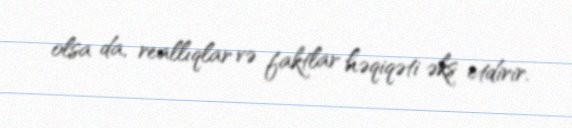
olsa da, reallıqlar və faktlar həqiqəti əks etdirir.